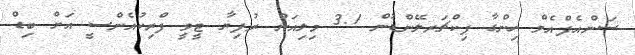
ސަންއެފްއެމް ހިންގާ ޕިކްޗަރލޭންޑުން 3.1 މިލިއަން ރުފިޔާ ޓީވީ ފްރިކުއެންސީ އަށް ބިޑް